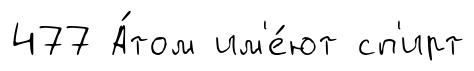
477 А́том им'е́ют сп'ирт